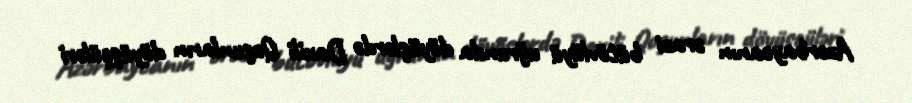
Azərbaycanın ərazi bütövlüyü uğrunda döyüşlərdə Daxili Qoşunların döyüşçüləri